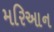
મરિઆન